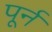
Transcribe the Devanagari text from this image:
पूर्न